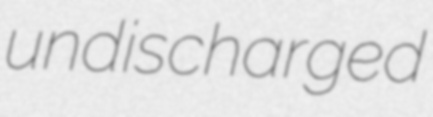
undischarged